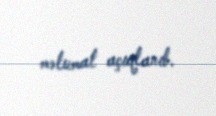
məlumat açıqlanıb.